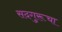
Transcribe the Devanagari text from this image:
सदगुरूचा